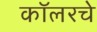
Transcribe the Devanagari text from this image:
कॉलरचे